Investigations into the jail dietaries of the United Provinces with some observations on the influence of dietary on the physical development and well-being of the people of the United Provinces - Number 48
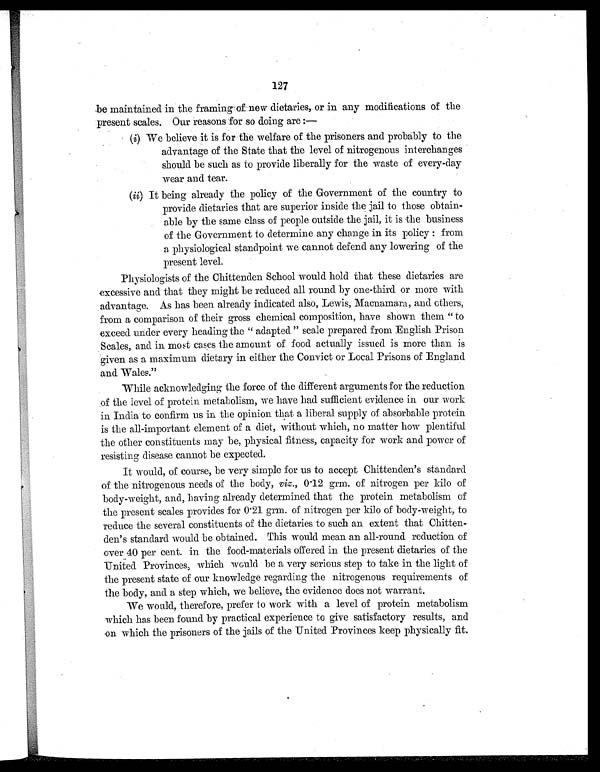
127
be maintained in the framing of new dietaries, or in any modifications of the
present scales. Our reasons for so doing are:—
(i) We believe it is for the welfare of the prisoners and probably to the
advantage of the State that the level of nitrogenous interchanges
should be such as to provide liberally for the waste of every-day
wear and tear.
(ii) It being already the policy of the Government of the country to
provide dietaries that are superior inside the jail to those obtain-
able by the same class of people outside the jail, it is the business
of the Government to determine any change in its policy: from
a physiological standpoint we cannot defend any lowering of the
present level.
Physiologists of the Chittenden School would hold that these dietaries are
excessive and that they might be reduced all round by one-third or more with
advantage. As has been already indicated also, Lewis, Macnamara, and others,
from a comparison of their gross chemical composition, have shown them " to
exceed under every heading the "adapted" scale prepared from English Prison
Scales, and in, most cases the amount of food actually issued is more than is
given as a maximum dietary in either the Convict or Local Prisons of England
and Wales."
While acknowledging the force of the different arguments for the reduction
of the level of protein metabolism, we have had sufficient evidence in our work
in India to confirm us in the opinion that a liberal supply of absorbable protein
is the all-important element of a diet, without which, no matter how plentiful
the other constituents may be, physical fitness, capacity for work and power of
resisting disease cannot be expected.
It would, of course, be very simple for us to accept Chittenden's standard
of the nitrogenous needs of the body, viz., 0.12 grm. of nitrogen per kilo of
body-weight, and, having already determined that the protein metabolism of
the present scales provides for 0.21 grm. of nitrogen per kilo of body-weight, to
reduce the several constituents of the dietaries to such an extent that Chitten-
den's standard would be obtained. This would mean an all-round reduction of
over 40 per cent. in the food-materials offered in the present dietaries of the
United Provinces, which would be a very serious step to take in the light of
the present state of our knowledge regarding the nitrogenous requirements of
the body, and a step which, we believe, the evidence does not warrant.
We would, therefore, prefer to work with a level of protein metabolism
which has been found by practical experience to give satisfactory results, and
on which the prisoners of the jails of the United Provinces keep physically fit.